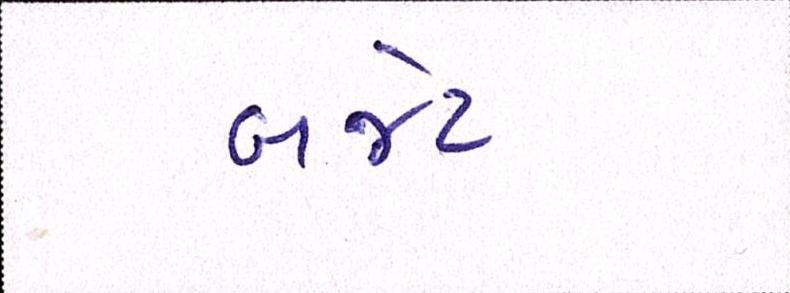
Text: બજેટ